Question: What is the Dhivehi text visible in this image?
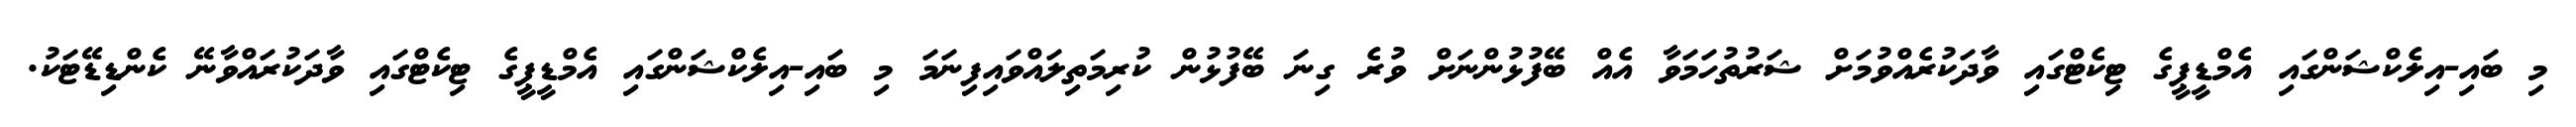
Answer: މި ބައި-އިލެކްޝަންގައި އެމްޑީޕީގެ ޓިކެޓްގައި ވާދަކުރެއްވުމަށް ޝަރުތުހަމަވާ އެއް ބޭފުޅުންނަށް ވުރެ ގިނަ ބޭފުޅުން ކުރިމަތިލައްވައިފިނަމަ މި ބައި-އިލެކްޝަންގައި އެމްޑީޕީގެ ޓިކެޓްގައި ވާދަކުރައްވާނޭ ކެންޑިޑޭޓަކު.